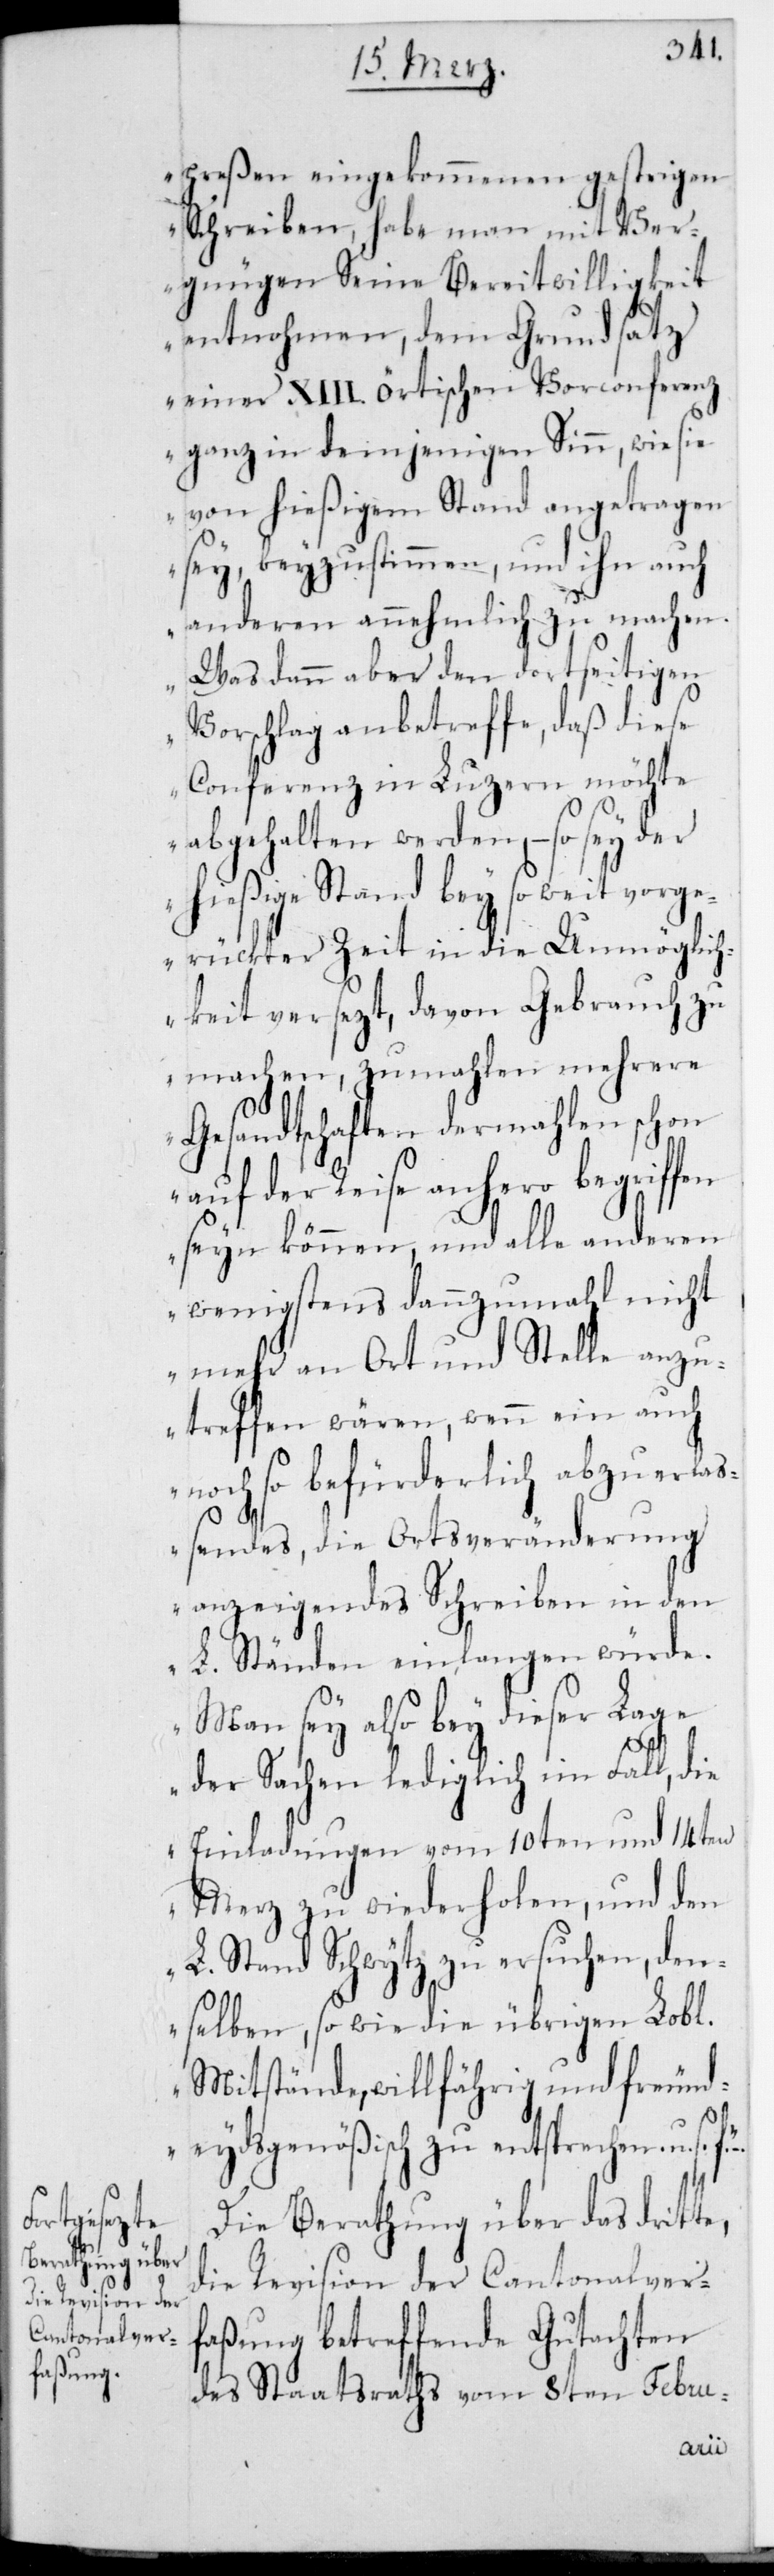
preßen eingekommenen gestrigen
Schreiben habe man mit Ver¬
gnügen Seine Bereitwilligkeit
entnommen, dem Grundsatz
einer XIII. örtischen Vorconferenz
ganz in demjenigen Sinn, wie sie
von hießigem Stand angetragen
sey, beyzustimmen, und ihn auch
anderen annehmlich zu machen.
Was dann aber den dortseitigen
Vorschlag anbetreffe, daß diese
Conferenz in Luzern möchte
abgehalten werden, – so sey der
hießige Stand bey so weit vorg¬
erückter Zeit in die Unmöglic¬
hkeit versetzt, davon Gebrauch zu
machen, zumahlen mehrere
Gesandtschaften dermahlen schon
auf der Reise anhero begriffen
sein können, und alle anderen
wenigstens dannzumahl nicht
mehr an Ort und Stelle anzu¬
treffen wären, wenn ein auch
noch so befürderlich abzuerlaß¬
endes, die Ortsveränderung
anzeigendes Schreiben in den
L. Ständen einlangen würde.
Man sey also bey dieser Lage
der Sachen lediglich im Fall, die
Einladungen vom 10ten und 14ten
Merz zu wiederholen, und den
L. Stand Schwytz zu ersuchen, den¬
selben, so wie die übrigen L.
Mitstände, willfährig und freund¬
eydsgenößisch zu entsprechen, u. s.
Die Berathung über das dritte,
die Revision der Cantonalverf¬
aßung betreffende Gutachten
des Staatsraths vom 8ten Febru-